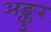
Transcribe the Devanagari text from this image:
अङ्कुर